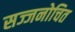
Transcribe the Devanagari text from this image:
सज्जनोचित